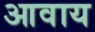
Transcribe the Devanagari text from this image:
आवाय